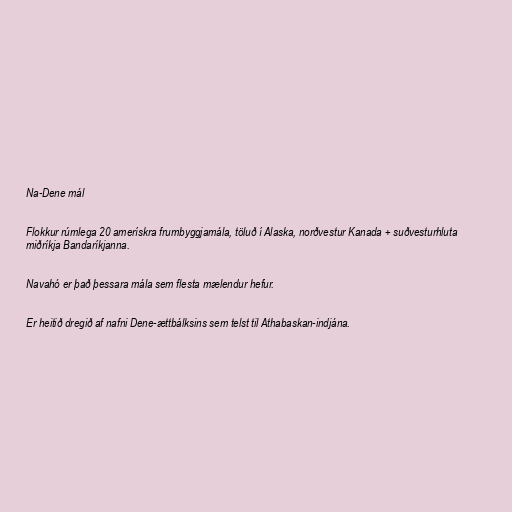
Na-Dene mál

Flokkur rúmlega 20 amerískra frumbyggjamála, töluð í Alaska, norðvestur Kanada + suðvesturhluta
miðríkja Bandaríkjanna.

Navahó er það þessara mála sem flesta mælendur hefur.

Er heitið dregið af nafni Dene-ættbálksins sem telst til Athabaskan-indjána.